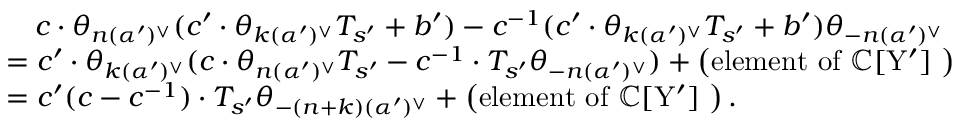
\begin{array} { r l } & { \quad c \cdot \theta _ { n ( \alpha ^ { \prime } ) ^ { \vee } } ( c ^ { \prime } \cdot \theta _ { k ( \alpha ^ { \prime } ) ^ { \vee } } T _ { s ^ { \prime } } + b ^ { \prime } ) - c ^ { - 1 } ( c ^ { \prime } \cdot \theta _ { k ( \alpha ^ { \prime } ) ^ { \vee } } T _ { s ^ { \prime } } + b ^ { \prime } ) \theta _ { - n ( \alpha ^ { \prime } ) ^ { \vee } } } \\ & { = c ^ { \prime } \cdot \theta _ { k ( \alpha ^ { \prime } ) ^ { \vee } } ( c \cdot \theta _ { n ( \alpha ^ { \prime } ) ^ { \vee } } T _ { s ^ { \prime } } - c ^ { - 1 } \cdot T _ { s ^ { \prime } } \theta _ { - n ( \alpha ^ { \prime } ) ^ { \vee } } ) + \left( \mathrm { e l e m e n t ~ o f ~ \mathbb { C } [ Y ' ] ~ } \right) } \\ & { = c ^ { \prime } ( c - c ^ { - 1 } ) \cdot T _ { s ^ { \prime } } \theta _ { - ( n + k ) ( \alpha ^ { \prime } ) ^ { \vee } } + \left( \mathrm { e l e m e n t ~ o f ~ \mathbb { C } [ Y ' ] ~ } \right) . } \end{array}